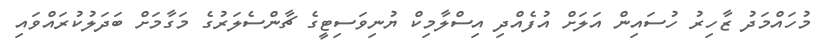
މުހައްމަދު ޒާހިރު ހުސައިން އަލަށް އުފެއްދި އިސްލާމިކް ޔުނިވަސިޓީގެ ޗާންސެލަރުގެ މަގާމަށް ބަދަލުކުރައްވައި